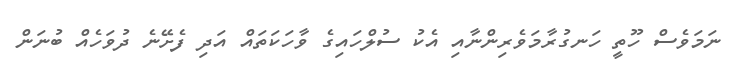
ނަމަވެސް ހޫތީ ހަނގުރާމަވެރިންނާއި އެކު ސުލްހައިގެ ވާހަކަތައް އަދި ފެށޭނެ ދުވަހެއް ބުނަން